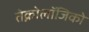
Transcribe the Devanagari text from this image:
तेक्नोलॉजिको